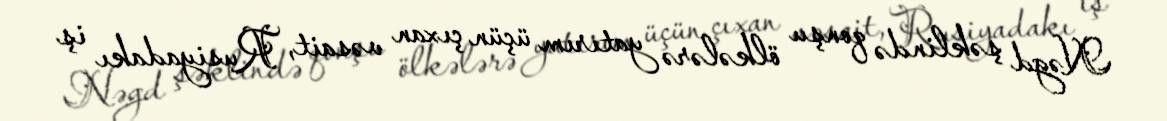
Nəgd şəklində qonşu ölkələrə yatırım üçün çıxan vəsait, Rusiyadakı iş